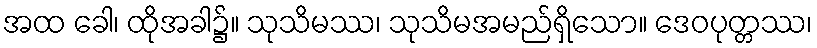
အထ ခေါ၊ ထိုအခါ၌။ သုသိမဿ၊ သုသိမအမည်ရှိသော။ ဒေဝပုတ္တဿ၊